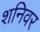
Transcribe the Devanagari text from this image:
शनिवर